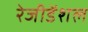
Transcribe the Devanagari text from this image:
रेजीडेंशल